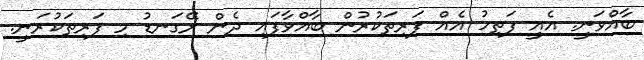
ބާއްވަނީ. އެއީ ފަތިހު އެއް ފަރިތަކުރުން ބާއްވާފައި ދެން ރޭގަނޑު މި ފަރިތަކުރަނީ.